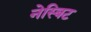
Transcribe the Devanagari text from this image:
नेस्बिट